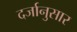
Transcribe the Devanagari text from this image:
दर्जानुसार